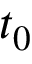
t _ { 0 }